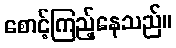
စောင့်ကြည့်နေသည်။